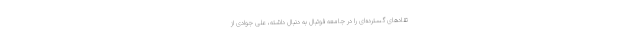
تقادهای گسترده‌ای را در جامعه فوتبال به دنبال داشته، علی جوادی از